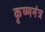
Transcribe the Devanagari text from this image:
कृष्णमंत्र